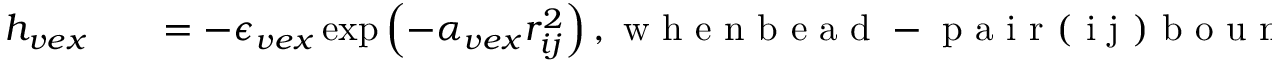
\begin{array} { r l r } { h _ { v e x } } & { { } } & { = - \epsilon _ { v e x } \exp \left( - \alpha _ { v e x } r _ { i j } ^ { 2 } \right) , \mathrm { ~ w ~ h ~ e ~ n ~ b ~ e ~ a ~ d ~ - ~ p ~ a ~ i ~ r ~ ( ~ i ~ j ~ ) ~ b ~ o ~ u ~ n ~ d ~ t ~ o ~ T ~ o ~ p ~ o ~ - ~ I ~ I ~ a ~ n ~ d ~ i ~ n ~ t ~ h ~ e ~ a ~ t ~ t ~ r ~ a ~ c ~ t ~ i ~ o ~ n ~ s ~ t ~ a ~ t ~ e ~ , ~ } } \end{array}